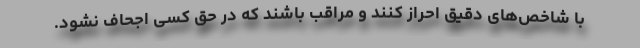
با شاخص‌های دقیق احراز کنند و مراقب باشند که در حق کسی اجحاف نشود.